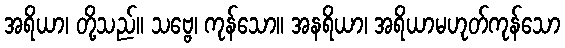
အရိယာ၊ တို့သည်။ သဗ္ဗေ၊ ကုန်သော။ အနရိယာ၊ အရိယာမဟုတ်ကုန်သော